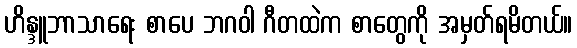
ဟိန္ဒူဘာသာရေး စာပေ ဘဂဝါ ဂီတထဲက စာတွေကို အမှတ်ရမိတယ်။